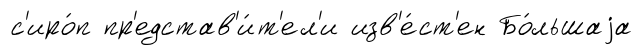
с'иро́п пр'едстав'и́т'ел'и изв'е́ст'ен Бо́льшаjа